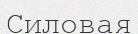
Силовая